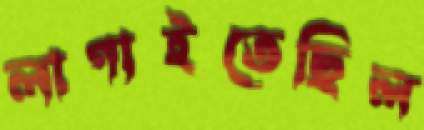
লাগাইতেছিল